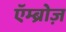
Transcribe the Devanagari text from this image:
एॅम्ब्रोज़